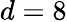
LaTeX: d=8